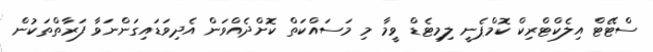
ސްޓޭޓް އިލެކްޓްރިކް ކޮމްޕެނީ ލިމިޓެޑް ވީމާ މި މަސައްކަތް ކޮށްދެއްވަން އެދިވަޑައިގަންނަވާ ފަރާތްތަކުން